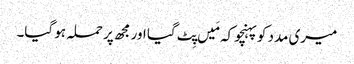
میری مدد کوپہنچو کہ مَیں پِٹ گیا اور مجھ پر حملہ ہو گیا۔